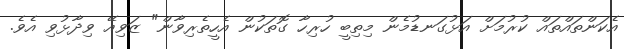
އެކަންތައްތައް ކުރުމަށް އަޅުގަނޑުމެން މިތިބީ ހުރިހާ ގޮތަކުން އެހީތެރިވާން" ޒަވިއޭ ވިދާޅުވި އެވެ.